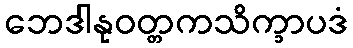
ဘေဒါနုဝတ္တကသိက္ခာပဒံ